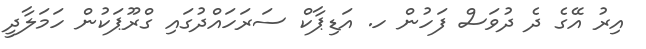
އިރު އޭގެ ދެ ދުވަސް ފަހުން ހ. އަޑިޕާކް ސަރަހައްދުގައި ގްރޫޕަކުން ހަމަލާދީ